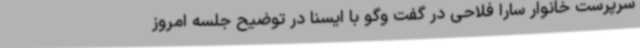
سرپرست خانوار سارا فلاحی در گفت وگو با ایسنا در توضیح جلسه امروز